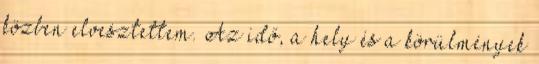
közben elvesztettem. Az idő, a hely és a körülmények